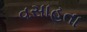
વસાહતા